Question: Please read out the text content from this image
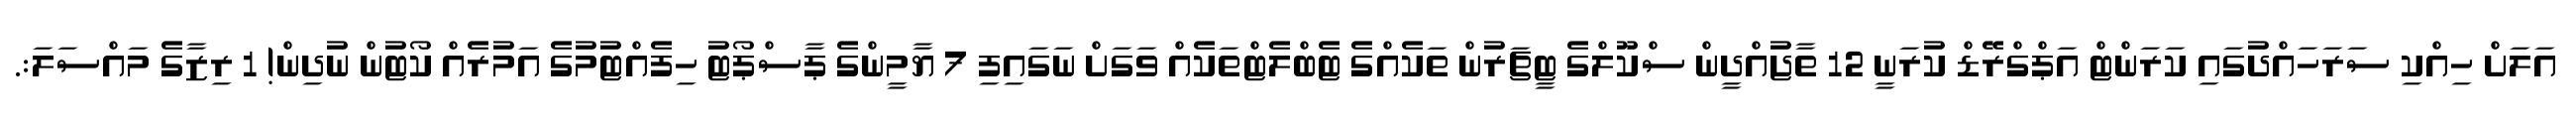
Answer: އަލަށް ހިއްކި ސަރަހައްދުގައި ކަރަންޓް އަޕްގްރޭޑް ކުރަނީ 12 ތާޖުއްދީން ސްކޫލްގެ ޓީޗަރުން ތަކެއްގެ ޓެބްލެޓްތަކެއް ވަގަށް ނަގައިފި 7 ޔާމީންގެ ޕާސްޕޯޓު ހިފެއްޓުމުގެ އަމުރެއް ކޯޓުން ނުދިން! 1 ރިޒާގެ މައްސަލަ:.